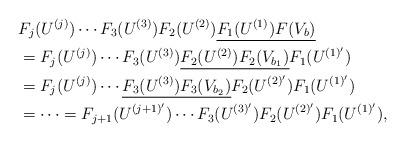
LaTeX: \begin{align*}&F_{j}(U^{(j)})\cdots F_3(U^{(3)})F_2(U^{(2)})\underline{F_{1}(U^{(1)})F(V_b)}\\&=F_{j}(U^{(j)})\cdots F_3(U^{(3)})\underline{F_2(U^{(2)})F_2(V_{b_1})}F_1(U^{(1)'})\\&=F_{j}(U^{(j)})\cdots \underline{F_3(U^{(3)})F_3(V_{b_2})}F_2(U^{(2)'})F_1(U^{(1)'})\\&=\cdots=F_{j+1}(U^{(j+1)'})\cdots F_3(U^{(3)'})F_2(U^{(2)'})F_1(U^{(1)'}),\end{align*}